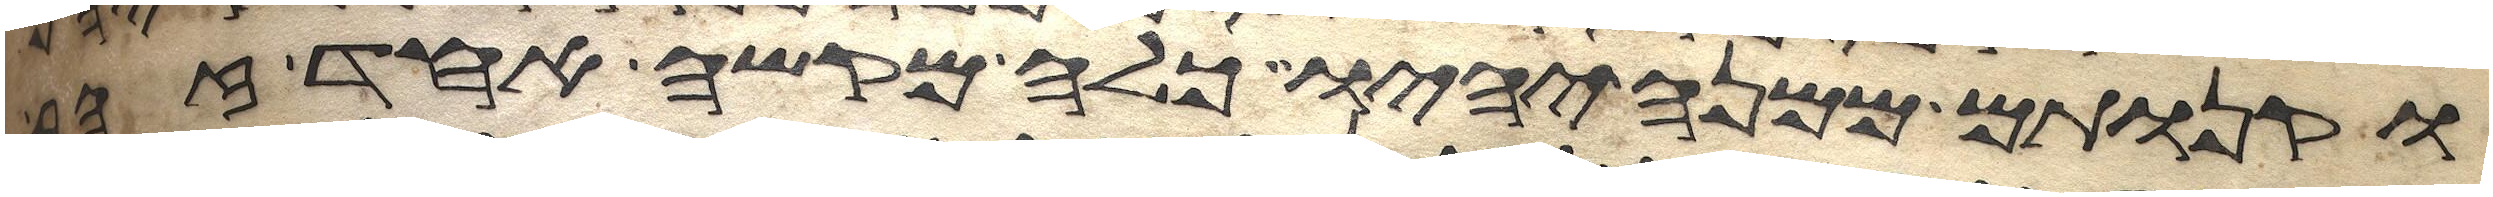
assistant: וקנותם ממנה יהיו כלה מקשה אחד זהב